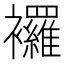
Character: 𧟌